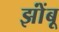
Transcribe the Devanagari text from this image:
झोंंबू